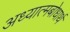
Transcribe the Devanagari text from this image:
अध्यात्मबोधार्थ